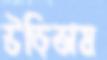
উড়িতাম